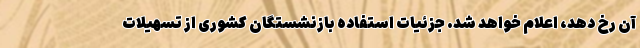
آن رخ دهد، اعلام خواهد شد. جزئیات استفاده بازنشستگان کشوری از تسهیلات